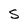
Character: S